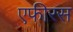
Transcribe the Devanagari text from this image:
एफीरस